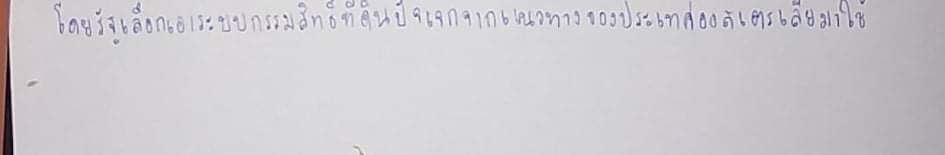
โดยรัฐเลือกเอาระบบกรรมสิทธิ์ที่ดินปัจเจกจากแนวทางของประเทศออสเตรเลียมาใช้